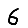
Digit: 6